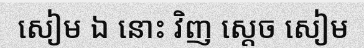
សៀម ឯ នោះ វិញ ស្តេច សៀម